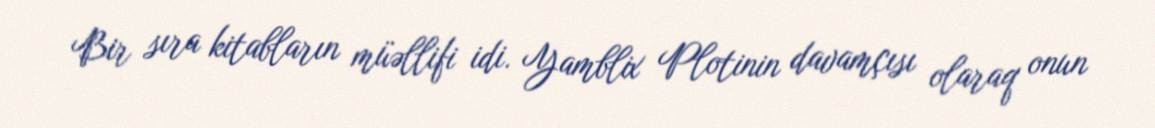
Bir sıra kitabların müəllifi idi. Yamblix Plotinin davamçısı olaraq onun